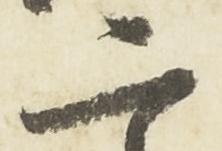
二